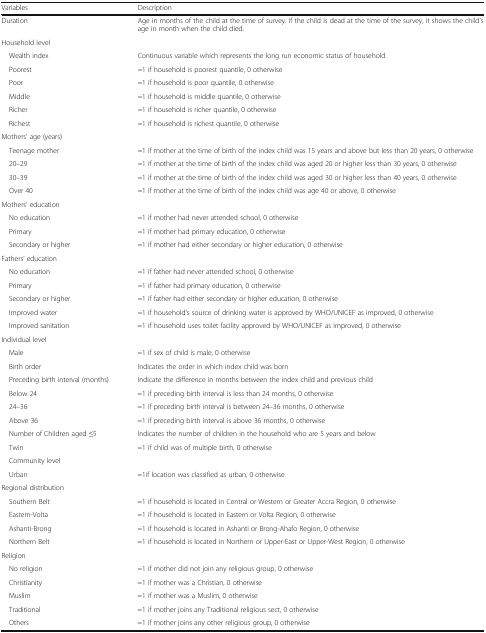
<table><thead><tr><td><b>Variables</b></td><td><b>Description</b></td></tr></thead><tbody><tr><td>Duration</td><td>Age in months of the child at the time of survey. If the child is dead at the time of the survey, it shows the child’s age in month when the child died.</td></tr><tr><td colspan="2">Household level</td></tr><tr><td> Wealth index</td><td>Continuous variable which represents the long run economic status of household</td></tr><tr><td> Poorest</td><td>=1 if household is poorest quantile, 0 otherwise</td></tr><tr><td> Poor</td><td>=1 if household is poor quantile, 0 otherwise</td></tr><tr><td> Middle</td><td>=1 if household is middle quantile, 0 otherwise</td></tr><tr><td> Richer</td><td>=1 if household is richer quantile, 0 otherwise</td></tr><tr><td> Richest</td><td>=1 if household is richest quantile, 0 otherwise</td></tr><tr><td colspan="2">Mothers’ age (years)</td></tr><tr><td> Teenage mother</td><td>=1 if mother at the time of birth of the index child was 15 years and above but less than 20 years, 0 otherwise</td></tr><tr><td> 20–29</td><td>=1 if mother at the time of birth of the index child was aged 20 or higher less than 30 years, 0 otherwise</td></tr><tr><td> 30–39</td><td>=1 if mother at the time of birth of the index child was aged 30 or higher less than 40 years, 0 otherwise</td></tr><tr><td> Over 40</td><td>=1 if mother at the time of birth of the index child was age 40 or above, 0 otherwise</td></tr><tr><td colspan="2">Mothers’ education</td></tr><tr><td> No education</td><td>=1 if mother had never attended school, 0 otherwise</td></tr><tr><td> Primary</td><td>=1 if mother had primary education, 0 otherwise</td></tr><tr><td> Secondary or higher</td><td>=1 if mother had either secondary or higher education, 0 otherwise</td></tr><tr><td colspan="2">Fathers’ education</td></tr><tr><td> No education</td><td>=1 if father had never attended school, 0 otherwise</td></tr><tr><td> Primary</td><td>=1 if father had primary education, 0 otherwise</td></tr><tr><td> Secondary or higher</td><td>=1 if father had either secondary or higher education, 0 otherwise</td></tr><tr><td> Improved water</td><td>=1 if household’s source of drinking water is approved by WHO/UNICEF as improved, 0 otherwise</td></tr><tr><td> Improved sanitation</td><td>=1 if household uses toilet facility approved by WHO/UNICEF as improved, 0 otherwise</td></tr><tr><td colspan="2">Individual level</td></tr><tr><td> Male</td><td>=1 if sex of child is male, 0 otherwise</td></tr><tr><td> Birth order</td><td>Indicates the order in which index child was born</td></tr><tr><td> Preceding birth interval (months)</td><td>Indicate the difference in months between the index child and previous child</td></tr><tr><td> Below 24</td><td>=1 if preceding birth interval is less than 24 months, 0 otherwise</td></tr><tr><td> 24–36</td><td>=1 if preceding birth interval is between 24–36 months, 0 otherwise</td></tr><tr><td> Above 36</td><td>=1 if preceding birth interval is above 36 months, 0 otherwise</td></tr><tr><td> Number of Children aged ≤5</td><td>Indicates the number of children in the household who are 5 years and below</td></tr><tr><td> Twin</td><td>=1 if child was of multiple birth, 0 otherwise</td></tr><tr><td colspan="2"> Community level</td></tr><tr><td> Urban</td><td>=1if location was classified as urban, 0 otherwise</td></tr><tr><td colspan="2">Regional distribution</td></tr><tr><td> Southern Belt</td><td>=1 if household is located in Central or Western or Greater Accra Region, 0 otherwise</td></tr><tr><td> Eastern-Volta</td><td>=1 if household is located in Eastern or Volta Region, 0 otherwise</td></tr><tr><td> Ashanti-Brong</td><td>=1 if household is located in Ashanti or Brong-Ahafo Region, 0 otherwise</td></tr><tr><td> Northern Belt</td><td>=1 if household is located in Northern or Upper-East or Upper-West Region, 0 otherwise</td></tr><tr><td colspan="2">Religion</td></tr><tr><td> No religion</td><td>=1 if mother did not join any religious group, 0 otherwise</td></tr><tr><td> Christianity</td><td>=1 if mother was a Christian, 0 otherwise</td></tr><tr><td> Muslim</td><td>=1 if mother was a Muslim, 0 otherwise</td></tr><tr><td> Traditional</td><td>=1 if mother joins any Traditional religious sect, 0 otherwise</td></tr><tr><td> Others</td><td>=1 if mother joins any other religious group, 0 otherwise</td></tr></tbody></table>